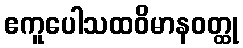
ဧကူပေါသထဝိမာနဝတ္ထု